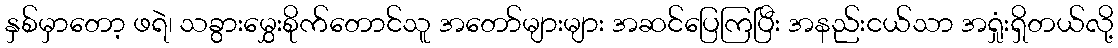
နှစ်မှာတော့ ဖရဲ၊ သခွားမွှေးစိုက်တောင်သူ အတော်များများ အဆင်ပြေကြပြီး အနည်းငယ်သာ အရှုံးရှိတယ်လို့